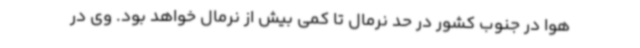
هوا در جنوب کشور در حد نرمال تا کمی بیش از نرمال خواهد بود. وی در